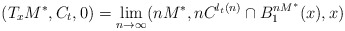
\begin{align*}(T_xM^*, C_t, 0) = \lim_{n \to \infty} (nM^*, nC^{l_t(n)} \cap B^{nM^*}_1(x),x)\end{align*}